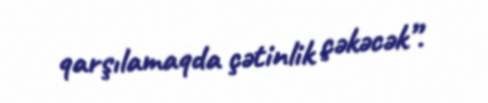
qarşılamaqda çətinlik çəkəcək”.